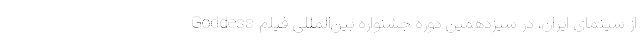
از سینمای ایران، در سیزدهمین دوره جشنواره بین‌المللی فیلم Goddess